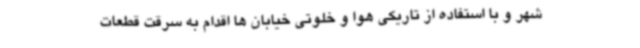
شهر و با استفاده از تاریکی هوا و خلوتی خیابان ها اقدام به سرقت قطعات